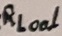
Text: Loal